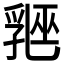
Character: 𬋲